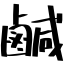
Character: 鹹